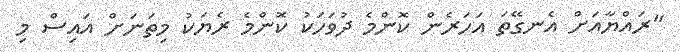
"ރައްޔާއަށް އެނގޭތަ އަހަރެން ކޮންމެ ދުވަހަކު ކޮންމެ ރެޔަކު މިތަނަށް އައިސް މި